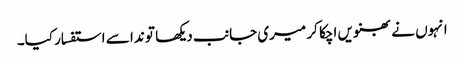
انہوں نے بھنویں اچکا کر میری جانب دیکھا تو ندا سے استفسار کیا۔